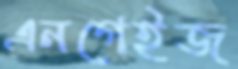
এনগেইজ